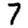
Digit: 7